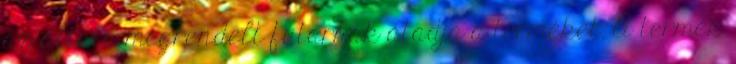
az általa megrendelt futárnak átadja a terméket. A termék